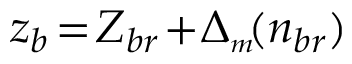
z _ { b } \! = \! Z _ { b r } \! + \! \Delta _ { { \scriptscriptstyle m } } \! ( n _ { b r } )